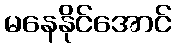
မနေနိုင်အောင်